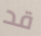
قد